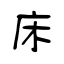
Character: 床